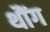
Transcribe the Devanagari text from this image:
थौंग